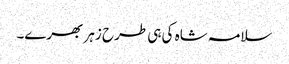
سلامہ شاہ کی ہی طرح زہر بھرے۔